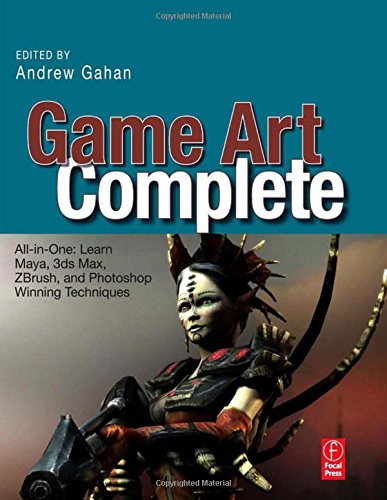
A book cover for Game Art Complete: All-in-One: Learn Maya, 3ds Max, ZBrush, and Photoshop Winning Techniques; Computers & Technology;